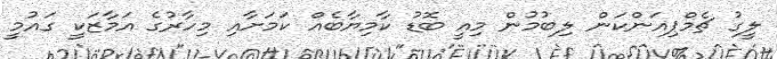
ލީގު ޗެމްޕިއަންކަން ލިބުމުން މިއީ ބޮޑު ކާމިޔާބެއް ކަމަށާއި މިހާރުގެ އަމާޒަކީ ގައުމީ